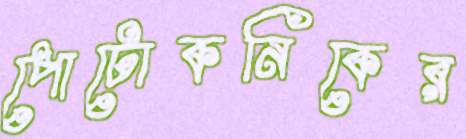
পোটোকনিকের